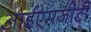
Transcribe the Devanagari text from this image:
आईएमजीटी